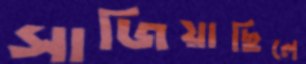
সাজিয়াছিলে